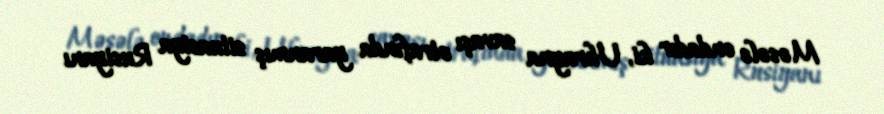
Məsələ ondadır ki, Ukrayna savaşı ətrafında yaranmış situasiya Rusiyanı